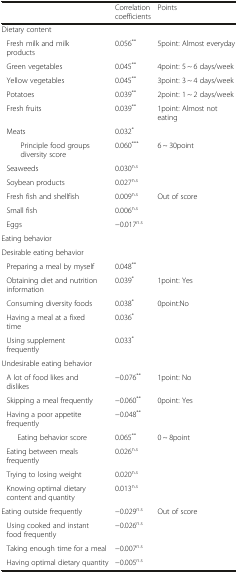
|  | Correlation coefficients | Points |
 | --- | --- | --- |
 | Dietary content |  |  |
 | Fresh milk and milk products | 0.056** | 5point: Almost everyday |
 | Green vegetables | 0.045** | 4point: 5 ~ 6 days/week |
 | Yellow vegetables | 0.045** | 3point: 3 ~ 4 days/week |
 | Potatoes | 0.039** | 2point: 1 ~ 2 days/week |
 | Fresh fruits | 0.039** | 1point: Almost not eating |
 | Meats | 0.032* |  |
 | Principle food groups diversity score | 0.060*** | 6 ~ 30point |
 | Seaweeds | 0.030n.s |  |
 | Soybean products | 0.027n.s |  |
 | Fresh fish and shellfish | 0.009n.s | Out of score |
 | Small fish | 0.006n.s |  |
 | Eggs | −0.017n.s |  |
 | Eating behavior |  |  |
 | Desirable eating behavior |  |  |
 | Preparing a meal by myself | 0.048** |  |
 | Obtaining diet and nutrition information | 0.039* | 1point: Yes |
 | Consuming diversity foods | 0.038* | 0point:No |
 | Having a meal at a fixed time | 0.036* |  |
 | Using supplement frequently | 0.033* |  |
 | Undesirable eating behavior |  |  |
 | A lot of food likes and dislikes | −0.076** | 1point: No |
 | Skipping a meal frequently | −0.060** | 0point: Yes |
 | Having a poor appetite frequently | −0.048** |  |
 | Eating behavior score | 0.065** | 0 ~ 8point |
 | Eating between meals frequently | 0.026n.s |  |
 | Trying to losing weight | 0.020n.s |  |
 | Knowing optimal dietary content and quantity | 0.013n.s |  |
 | Eating outside frequently | −0.029n.s | Out of score |
 | Using cooked and instant food frequently | −0.026n.s |  |
 | Taking enough time for a meal | −0.007n.s |  |
 | Having optimal dietary quantity | −0.005n.s |  |